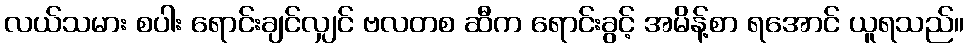
လယ်သမား စပါး ရောင်းချင်လျှင် ဗလတစ ဆီက ရောင်းခွင့် အမိန့်စာ ရအောင် ယူရသည်။